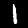
Label: 1